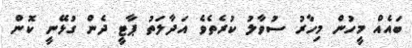
ބައެއް މީހުން މިހާރު ސުވާލު ކުރެތެވެ އަދާލަތު ޕާޓީ ދެން ގުޅޭނީ ކޮން